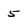
Character: 5